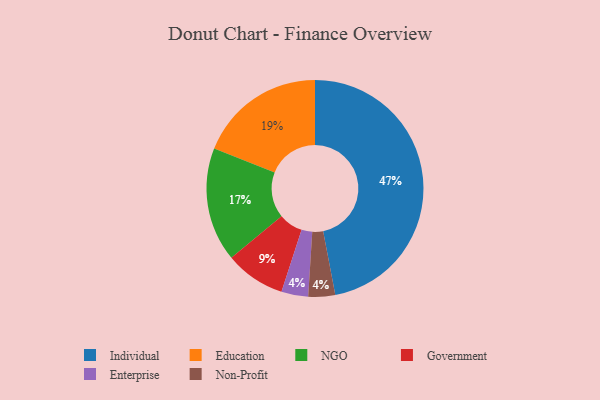
{"axis": {"x": "Category", "y": "Percentage"}, "legend": ["Education", "Enterprise", "Government", "Individual", "NGO", "Non-Profit"], "data": [{"x": "Government", "y": 9, "type": "Government"}, {"x": "Enterprise", "y": 4, "type": "Enterprise"}, {"x": "Non-Profit", "y": 4, "type": "Non-Profit"}, {"x": "Education", "y": 19, "type": "Education"}, {"x": "Individual", "y": 47, "type": "Individual"}, {"x": "NGO", "y": 17, "type": "NGO"}]}